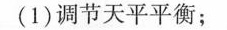
(1)调节天平平衡；